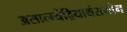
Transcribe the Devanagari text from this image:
असात्म्येंद्रियार्थसंयोग